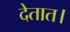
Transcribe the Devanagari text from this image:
देतात।